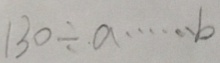
1 3 0 \div a \cdots b